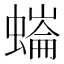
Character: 𧐩